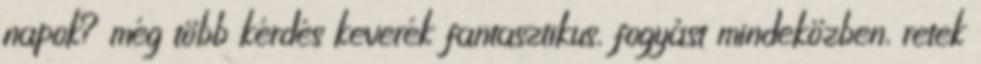
napok? még több kérdés keverék fantasztikus, fogyást mindeközben, retek